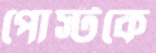
পোস্টকে